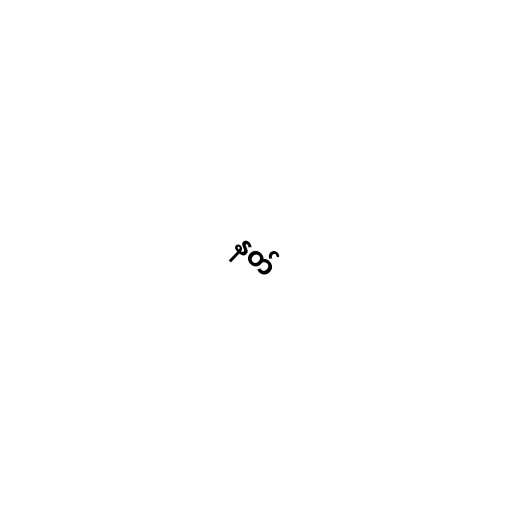
နတ်